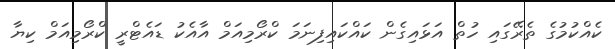
ކެއްކުމުގެ ތެރޭގައި ހުތް އަޅައިގެން ކައްކައިފިނަމަ ކްރޯމިއަމް އާއެކު ޑައެޓްރީ ކްރޯމިއަމް ކިޔާ